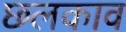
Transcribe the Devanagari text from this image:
छ्लकाव